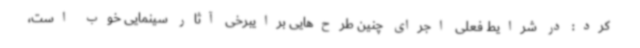
کرد: در شرایط فعلی اجرای چنین طرح‌هایی برایبرخی آثار سینمایی خوب است،